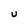
Character: U